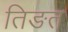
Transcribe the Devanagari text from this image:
तिङत